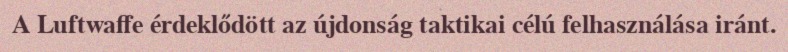
A Luftwaffe érdeklődött az újdonság taktikai célú felhasználása iránt.